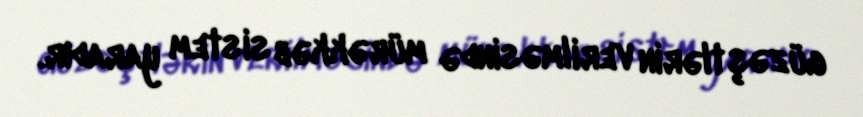
güzəştlərin verilməsində mürəkkəb sistem yaradır.